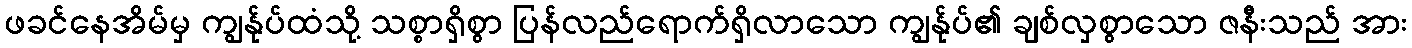
ဖခင်နေအိမ်မှ ကျွန်ုပ်ထံသို့ သစ္စာရှိစွာ ပြန်လည်ရောက်ရှိလာသော ကျွန်ုပ်၏ ချစ်လှစွာသော ဇနီးသည် အား